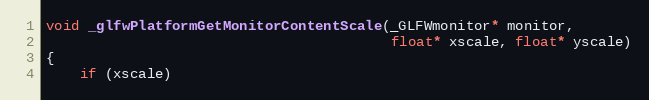
Language: C
void _glfwPlatformGetMonitorContentScale(_GLFWmonitor* monitor,
                                         float* xscale, float* yscale)
{
    if (xscale)